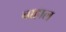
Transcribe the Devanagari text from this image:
बाहाल